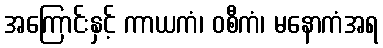
အကြောင်းနှင့် ကာယကံ၊ ဝစီကံ၊ မနောကံအရ